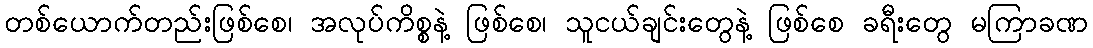
တစ်ယောက်တည်းဖြစ်စေ၊ အလုပ်ကိစ္စနဲ့ ဖြစ်စေ၊ သူငယ်ချင်းတွေနဲ့ ဖြစ်စေ ခရီးတွေ မကြာခဏ